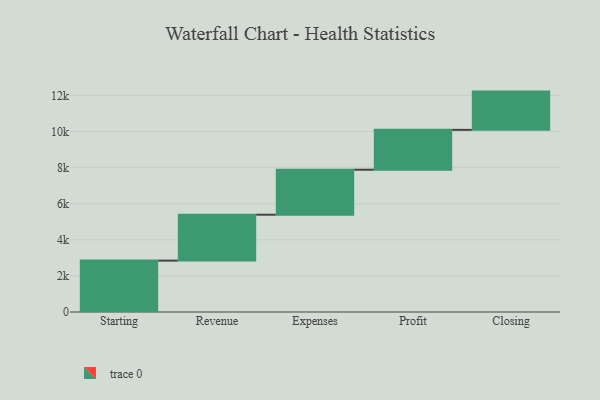
{"axis": {"x": "Step", "y": "Value"}, "legend": [""], "data": [{"x": "Starting", "y": 2847.0, "type": ""}, {"x": "Revenue", "y": 2544.0, "type": ""}, {"x": "Expenses", "y": 2493.0, "type": ""}, {"x": "Profit", "y": 2209.0, "type": ""}, {"x": "Closing", "y": 2120.0, "type": ""}]}